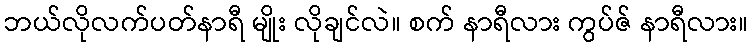
ဘယ်လိုလက်ပတ်နာရီ မျိုး လိုချင်လဲ။ စက် နာရီလား ကွပ်ဇ် နာရီလား။